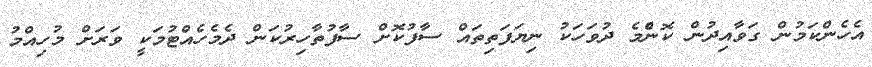
އެހެންކަމުން ގަވާއިދުން ކޮންެމެ ދުވަހަކު ނިޔަފަތިތައް ސާފުކޮށް ސާފުތާހިރުކަން ދެމެހެއްޓުމަކީ ވަރަށް މުހިއްމު